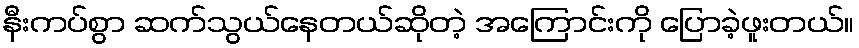
နီးကပ်စွာ ဆက်သွယ်နေတယ်ဆိုတဲ့ အကြောင်းကို ပြောခဲ့ဖူးတယ်။